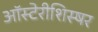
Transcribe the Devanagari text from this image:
ऑस्टेरीशिस्षर